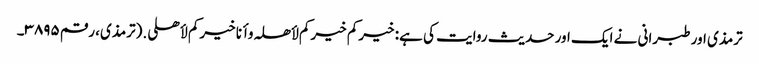
ترمذی اور طبرانی نے ایک اور حدیث روایت کی ہے: خیرکم خیرکم لأھلہ وأنا خیرکم لأھلی.(ترمذی، رقم ۳۸۹۵۔